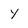
Character: Y